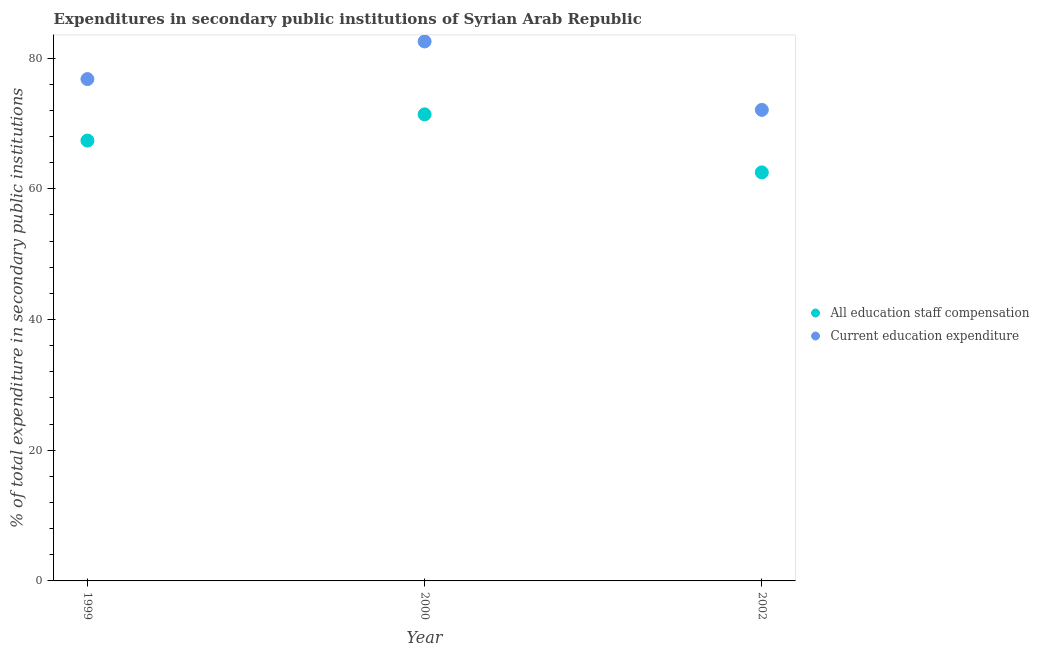
| Year | All education staff compensation | Current education expenditure |
 | --- | --- | --- |
 | 1999 | 67.4 | 76.8 |
 | 2000 | 71.4 | 82.6 |
 | 2002 | 62.5 | 72.1 |